Scientific memoirs by medical officers of the Army of India - Part VI,
Year: 1891
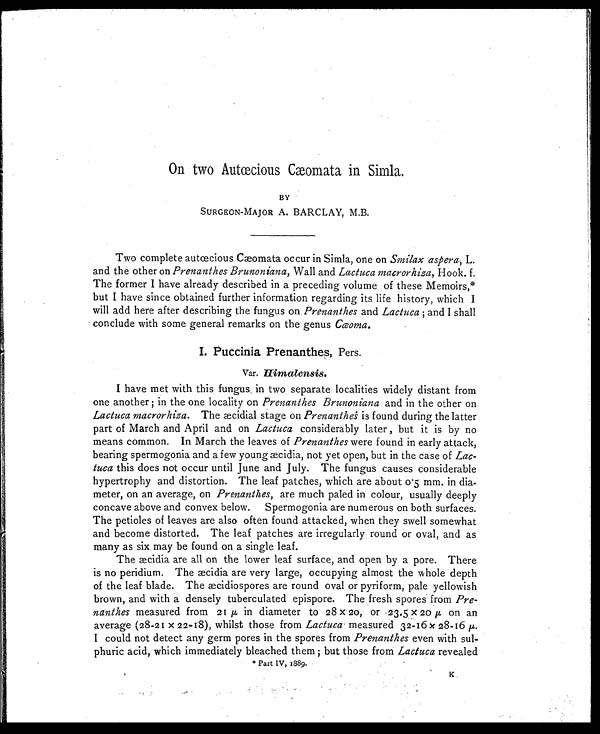
On two Autcecious Cæomata in Simla.
BY
SURGEON-MAJOR A. BARCLAY, M.B.
Two complete autcecious Comata occur in Simla, one on Smilax aspera, L.
and the other on Prenanthes Brunoniana, Wall and Lactuca macrorhiza, Hook. f.
The former I have already described in a preceding volume of these Memoirs,*
but I have since obtained further information regarding its life history, which I
will add here after describing the fungus on Prenanthes and Lactuca; and I shall
conclude with some general remarks on the genus Cooma.
I. Puccinia Prenanthes, Pers.
Var. Himalensis.
I have met with this fungus in two separate localities widely distant from
one another; in the one locality on Prenanthes Brunoniana and in the other on
Lactuca macrorhiza. The aacidial stage on Prenanthes is found during the latter
part of March and April and on Lactuca considerably later, but it is by no
means common. In March the leaves of Prenanthes were found in early attack,
bearing spermogonia and a few young cidia, not yet open, but in the case of Lac-
tuca this does not occur until June and July. The fungus causes considerable
hypertrophy and distortion. The leaf patches, which are about o.5 mm. in dia-
meter, on an average, on Prenanthes, are much paled in colour, usually deeply
concave above and convex below. spermogonia are numerous on both surfaces.
The petioles of leaves are also often found attacked, when they swell somewhat
and become distorted. The leaf patches are irregularly round or oval, and as
many as six may be found on a single leaf.
The cidia are all on the lower leaf surface, and open by a pore. There
is no peridium. The aecidia are very large, occupying almost the whole depth
of the leaf blade. The a2cidiospores are round oval or pyriform, pale yellowish
brown, and with a densely tuberculated epispore. The fresh spores from Pre-
nanthes measured from 21 p, in diameter to 28X20, or 23.5X20 p, on an
average (28-21X22-1.8), whilst those fromL a c t u c a '
m e a s u r e d 3 2 - 1 6 x 2 8 - 1 6
μ .
I could not detect any germ pores in the spores from Prenanthes even with sul-
phuric acid, which immediately bleached them; but those from Lactuca revealed
* Part IV, 1889.
K